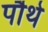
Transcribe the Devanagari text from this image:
पौथे